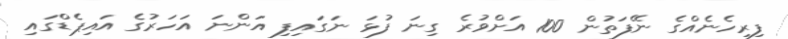
ފިރިހެނެއްގެ ނޭފަތުން 100 އަށްވުރެ ގިނަ ފުޅަ ނަގައިފި އަންނަ އަހަރުގެ އައިޕެޑްގައި